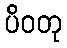
ပိဝတု